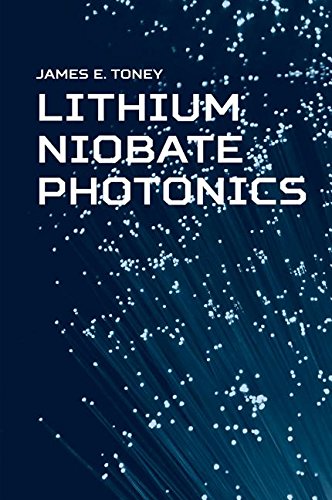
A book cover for Lithium Niobate Photonics; James E. Toney; Science & Math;